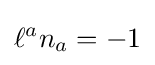
\ell ^{a}n_{a}=-1